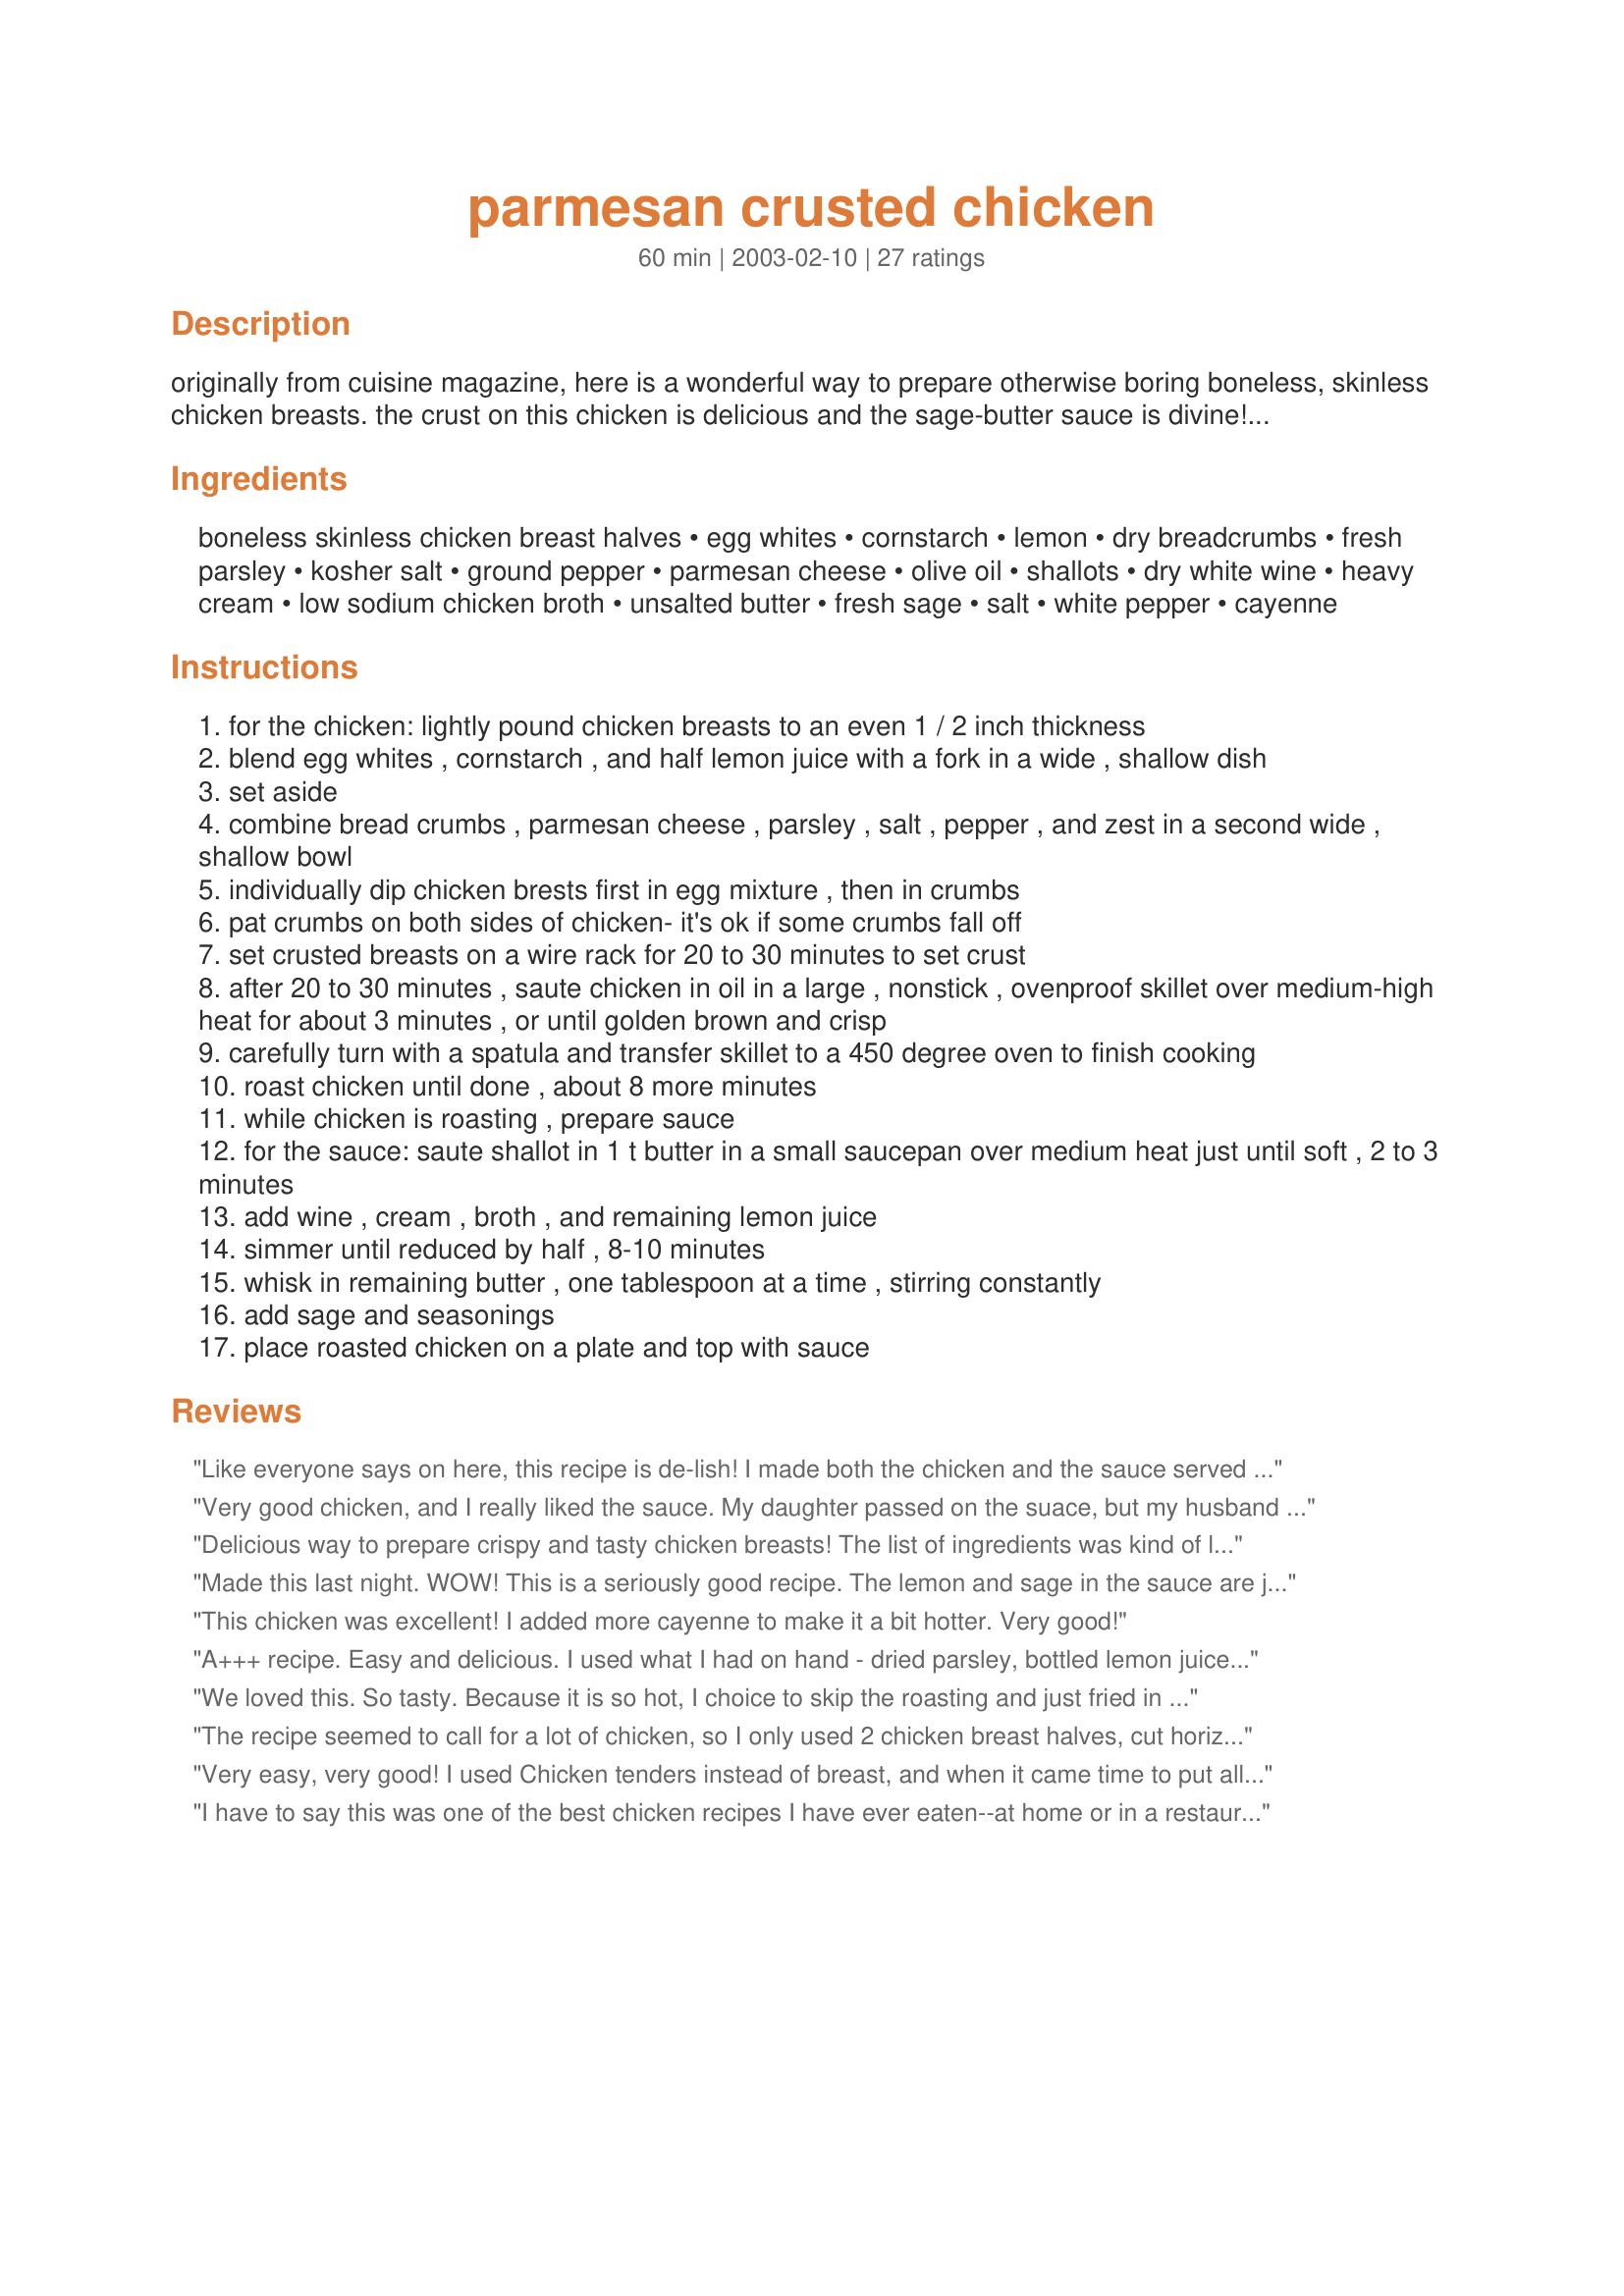
parmesan crusted chicken
Preparation time: 60 minutes

originally from cuisine magazine, here is a wonderful way to prepare otherwise boring boneless, skinless chicken breasts. the crust on this chicken is delicious and the sage-butter sauce is divine! excellent served with roasted new potatoes. don't be intimidated by the number of ingredients or steps - it truly is simple to prepare. prep time includes "resting" time for the crust.

Ingredients:
boneless skinless chicken breast halves, egg whites, cornstarch, lemon, dry breadcrumbs, fresh parsley, kosher salt, ground pepper, parmesan cheese, olive oil, shallots, dry white wine, heavy cream, low sodium chicken broth, unsalted butter, fresh sage, salt, white pepper, cayenne

Steps:
for the chicken: lightly pound chicken breasts to an even 1 / 2 inch thickness
blend egg whites , cornstarch , and half lemon juice with a fork in a wide , shallow dish
set aside
combine bread crumbs , parmesan cheese , parsley , salt , pepper , and zest in a second wide , shallow bowl
individually dip chicken brests first in egg mixture , then in crumbs
pat crumbs on both sides of chicken- it's ok if some crumbs fall off
set crusted breasts on a wire rack for 20 to 30 minutes to set crust
after 20 to 30 minutes , saute chicken in oil in a large , nonstick , ovenproof skillet over medium-high heat for about 3 minutes , or until golden brown and crisp
carefully turn with a spatula and transfer skillet to a 450 degree oven to finish cooking
roast chicken until done , about 8 more minutes
while chicken is roasting , prepare sauce
for the sauce: saute shallot in 1 t butter in a small saucepan over medium heat just until soft , 2 to 3 minutes
add wine , cream , broth , and remaining lemon juice
simmer until reduced by half , 8-10 minutes
whisk in remaining butter , one tablespoon at a time , stirring constantly
add sage and seasonings
place roasted chicken on a plate and top with sauce

Reviews:
Like everyone says on here, this recipe is de-lish! I made both the chicken and the sauce served over egg noodles and brussel sprouts as a side. Next time I will double the sauce. I also added 1 tsp garlic powder and used canned plain bread crumbs for the breading mixture but otherwise followed everything exactly. One thing that may be helpful to know is that unless you are using very large pieces of chicken breasts or doubling the amount of chicken called for, you will end up throwing away lots of the breading mixture which I just hate to do. Same thing applies to the egg mixture. As I was pressed to quickly get dinner on the table I also did not "set" the crust on the chicken. I'll make sure to do that next time I make this divine chicken so as to judge whether or not it's even worth the extra hassle. Thanks Miss Gracie for posting this wonderful recipe!
Very good chicken, and I really liked the sauce. My daughter passed on the suace, but my husband tried some and liked it too. I just have one question - in the sauce ingredients, lemon is not listed, but then you are supposed to add the lemon. I just squeezed in the other half of the lemon from the egg mixture - hope that was right. I also think this chicken could stand alone without the sauce - very,very tasty. I served it with long-grain and wild rice and frozen sweet corn. A real keeper! Thanks!
Delicious way to prepare crispy and tasty chicken breasts! The list of ingredients was kind of long, but it goes together quickly. I used the heel of some Italian bread I had leftover for the crumbs and had to resort to dried parsley since mine had gone bad. I LOVED the lemon zest and cheese in the breading... gave the chicken another dimension... a great contrast to the tender chicken. Instead of pan frying and then finishing in the oven, I just left the chicken on the rack and placed the whole pan in the oven for 20 minutes. I sprayed them with a little olive oil spray and they came out golden and crispy. I didn't make the sauce... it didn't need it, but might try it one day. Thanks for sharing a great recipe!!!
Made this last night. WOW! This is a seriously good recipe. The lemon and sage in the sauce are just enough to add that extra hidden taste and the chicken crust was awesome. I would rate it 6 stars if I could!
This chicken was excellent! I added more cayenne to make it a bit hotter. Very good!
A+++ recipe. Easy and delicious. I used what I had on hand - dried parsley, bottled lemon juice, dried sage, chicken boullion cubes, etc., but the dished turned out just fine. I didn't have any oven proof pans so I just transferred the chicken to a pre-heated baking dish. One note: I only browned the chicken on one side, since the recipe left me a little unsure if I should brown both sides before baking. Turned out perfect.
We loved this. So tasty. Because it is so hot, I choice to skip the roasting and just fried in a little oil and it turned out great. I didn't have the heavy cream so my sauce wasn't as thick as I'm sure it was suppose to be. I didn't have any shallots so just used garlic which is preferred by us. The sauce was just delicious anyway. I'll make this one again. Thanks for sharing. Made for All You Can Cook Buffet Special Event.
The recipe seemed to call for a lot of chicken, so I only used 2 chicken breast halves, cut horizontally and pounded to 1/2". That seemed about right. I couldn't get the sauce to reduce, it must be me, I never seem to be able to. Nevertheless, this chicken was awesome and I will definitely make it again.
Very easy, very good! I used Chicken tenders instead of breast, and when it came time to put all the breadcrumb mixture together I placed everything in a large zip lock bag. Once dipping in the egg mixture I tossed the tenders in the ziplock bag, coated them well and placed them on the rack to "dry". This worked very well - clean up was a breeze. 
I'll be using the left over tenders (I made more on purpose) to make wraps with flour tortillas for the Buc's football game. BDavis - Hudson Fl
I have to say this was one of the best chicken recipes I have ever eaten--at home or in a restaurant. The blend of the breadcrumbs, lemon rind (don't be afraid to use all that is called for) and the seasonings in the sauce was just fabulous. I ran across this recipe in Cuisine at Home where it was featured with roasted garlic potatoes and a salad with a creamy Parmesan dressing. I found this recipe was already posted, so I posted the potatoes (Recipe #144171) and the dressing (Recipe #144172). If you want a perfectly sublime meal, try them all together.
Spectacular! Hubby wanted again the next night! I nixed the sauce for caloric reasons and instead added a bit of ground sage and thyme to the breadcrumb mixture. I had to substitute a "cheese blend" for the parmesean. It had parmesean, romano, asagio etc. I think it made for a wonderful crust that was out of this world. I didn't have regular bread, and used Japanese PANKO breadcrumbs from a box. I think that the "drying" period was what perfected the meat so well. The crust stayed on and the meat was so so moist. It was like fried chicken w/o all the extra oil....mmm..think I'll make it tonight.

I am so grateful for this recipe, it's a permanent addition to my repetoire!
Great recipe! I used japanese bread crumbs and added some caynne pepper & garlic powder to add some zing
Very moist! I didn't make the sauce, it was tasty without it. I did broil the chicken breasts for a few minutes just to get them nice and crispy. Thanks!
Loved it so and just about died. Yeah, I think I died and went to heaven. Did I say that already? I think so, but I like to repeat myself for emphasis. I know, I know, it's all fun and games until somebody really dies. Made for All You Can Cook Buffet--Special Event Tag.
I substituted feta cheese for the parmesan--- it was wonderful!
I only made the chicken without the sauce this time, but I still think this is a 5 star recipe. Very tender and tasty. I made 8 chicken breast halves, so doubled the recipe for the crust. This wouldn't have been necessary -- I ended up throwing away a lot of the egg mixture and the crumb mixture.
This tastes superb! I made this with just two breast fillets but prepared the entire amount of sauce (to be served with rice) and was glad that I did. I pan-fried the breasts completely until done as I already had something else in the oven at a lower temperature, which I do realize added more fat calories. I used fresh sage since I am lucky enough still to have some in the garden. Makes a great dish that I'd be proud to serve to guests. Thanks for posting !
I've made this several times. We love it! Finding something that all of the boys like is hard to do, but this one was a winner! Thank you!
Loved the parmesan in this chicken recipe. It turned out very moist. Great recipe! Thanks for posting.
Very easy and delicious!! My husband and I both give this dish five stars! Thanks for sharing!
This is fantastic!! It is well worth the effort it takes to make. I use a chicken base instead of broth to reduce the reducing time on the sauce. It usually takes longer than the 8-10 minutes so this saves 1/2 cup of liquid if I just add the 1/2 tsp of paste.
I have made this chicken without the sauce before and it is OUTSTANDING! A beautiful lemon flavour and a crispy coating without a lot of fat! Today, I decided to add the sauce. I couldn't quite justify all the fat, so I used half-and-half instead of cream and didn't add the extra butter. I reduced by simmering and then thickened with cornstarch. It was an extra layer of flavour which added to the already wonderful chicken. For a really special occasion, I might make the sauce as posted, and it would be wonderful, I'm sure. However, the lower-fat version was very delicious. Thank you, Miss Gracie, for a chicken recipe that I will use again and again!
A tasty and different way to prepare chicken. I scaled this down for two people and made a few minor changes. I used one whole egg thinned down with a little milk for the dipping mixture and didn’t let the chicken rest before sautéing. By the time the chicken was golden on the outside, it was done on the inside, so I skipped baking it and just kept it warm in the oven. The sauce came together beautifully, but next time I think I will use all chicken broth instead of white wine, but that’s just a personal taste preference. I’ll be making this dish again!
Exceptionally delicious. Maybe amazing is the word! So much flavor it's hard to stop eating!
I tried this for the first time last week and it turned out great! My 5 year old ate it all and my husband had 2nds (and he's not that crazy about white sauces). I got an A from the family!

Thanks! this recipe will be used again.
Scrumptious chicken, crisp on the outside, moist on the inside, with a savory sauce that makes it truly restaurant-quality. Even the kids loved it. I have tried this recipe with pork chops and it is equally as wonderful. Very easy to make. Thanks miss gracie!
Yum yummy.
